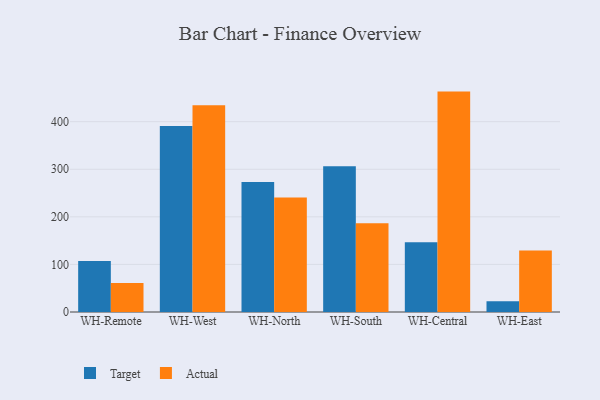
{"axis": {"x": "Warehouse", "y": "Churn Rate (%)"}, "legend": ["Actual", "Target"], "data": [{"x": "WH-Remote", "y": 107.2, "type": "Target"}, {"x": "WH-Remote", "y": 61.0, "type": "Actual"}, {"x": "WH-West", "y": 391.0, "type": "Target"}, {"x": "WH-West", "y": 434.4, "type": "Actual"}, {"x": "WH-North", "y": 273.4, "type": "Target"}, {"x": "WH-North", "y": 240.5, "type": "Actual"}, {"x": "WH-South", "y": 306.1, "type": "Target"}, {"x": "WH-South", "y": 186.7, "type": "Actual"}, {"x": "WH-Central", "y": 146.7, "type": "Target"}, {"x": "WH-Central", "y": 463.2, "type": "Actual"}, {"x": "WH-East", "y": 22.6, "type": "Target"}, {"x": "WH-East", "y": 129.0, "type": "Actual"}]}